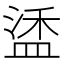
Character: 𬐦